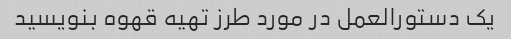
یک دستورالعمل در مورد طرز تهیه قهوه بنویسید